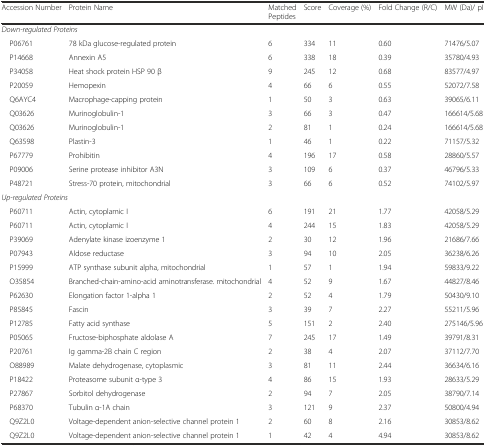
<table><thead><tr><td><b>Accession Number</b></td><td><b>Protein Name</b></td><td><b>Matched Peptides</b></td><td><b>Score</b></td><td><b>Coverage (%)</b></td><td><b>Fold Change (R/C)</b></td><td><b>MW (Da)/ pI</b></td></tr></thead><tbody><tr><td colspan="7"><i>Down-regulated Proteins</i></td></tr><tr><td> P06761</td><td>78 kDa glucose-regulated protein</td><td>6</td><td>334</td><td>11</td><td>0.60</td><td>71476/5.07</td></tr><tr><td> P14668</td><td>Annexin A5</td><td>6</td><td>338</td><td>18</td><td>0.39</td><td>35780/4.93</td></tr><tr><td> P34058</td><td>Heat shock protein HSP 90 β</td><td>9</td><td>245</td><td>12</td><td>0.68</td><td>83577/4.97</td></tr><tr><td> P20059</td><td>Hemopexin</td><td>4</td><td>66</td><td>6</td><td>0.55</td><td>52072/7.58</td></tr><tr><td> Q6AYC4</td><td>Macrophage-capping protein</td><td>1</td><td>50</td><td>3</td><td>0.63</td><td>39065/6.11</td></tr><tr><td> Q03626</td><td>Murinoglobulin-1</td><td>3</td><td>66</td><td>3</td><td>0.47</td><td>166614/5.68</td></tr><tr><td> Q03626</td><td>Murinoglobulin-1</td><td>2</td><td>81</td><td>1</td><td>0.24</td><td>166614/5.68</td></tr><tr><td> Q63598</td><td>Plastin-3</td><td>1</td><td>46</td><td>1</td><td>0.22</td><td>71157/5.32</td></tr><tr><td> P67779</td><td>Prohibitin</td><td>4</td><td>196</td><td>17</td><td>0.58</td><td>28860/5.57</td></tr><tr><td> P09006</td><td>Serine protease inhibitor A3N</td><td>3</td><td>109</td><td>6</td><td>0.37</td><td>46796/5.33</td></tr><tr><td> P48721</td><td>Stress-70 protein, mitochondrial</td><td>3</td><td>66</td><td>6</td><td>0.52</td><td>74102/5.97</td></tr><tr><td colspan="7"><i>Up-regulated Proteins</i></td></tr><tr><td> P60711</td><td>Actin, cytoplamic I</td><td>6</td><td>191</td><td>21</td><td>1.77</td><td>42058/5.29</td></tr><tr><td> P60711</td><td>Actin, cytoplamic I</td><td>4</td><td>244</td><td>15</td><td>1.83</td><td>42058/5.29</td></tr><tr><td> P39069</td><td>Adenylate kinase izoenzyme 1</td><td>2</td><td>30</td><td>12</td><td>1.96</td><td>21686/7.66</td></tr><tr><td> P07943</td><td>Aldose reductase</td><td>3</td><td>94</td><td>10</td><td>2.05</td><td>36238/6.26</td></tr><tr><td> P15999</td><td>ATP synthase subunit alpha, mitochondrial</td><td>1</td><td>57</td><td>1</td><td>1.94</td><td>59833/9.22</td></tr><tr><td> O35854</td><td>Branched-chain-amino-acid aminotransferase. mitochondrial</td><td>4</td><td>52</td><td>9</td><td>1.67</td><td>44827/8.46</td></tr><tr><td> P62630</td><td>Elongation factor 1-alpha 1</td><td>2</td><td>52</td><td>4</td><td>1.79</td><td>50430/9.10</td></tr><tr><td> P85845</td><td>Fascin</td><td>3</td><td>39</td><td>7</td><td>2.27</td><td>55211/5.96</td></tr><tr><td> P12785</td><td>Fatty acid synthase</td><td>5</td><td>151</td><td>2</td><td>2.40</td><td>275146/5.96</td></tr><tr><td> P05065</td><td>Fructose-biphosphate aldolase A</td><td>7</td><td>245</td><td>17</td><td>1.49</td><td>39791/8.31</td></tr><tr><td> P20761</td><td>Ig gamma-2B chain C region</td><td>2</td><td>38</td><td>4</td><td>2.07</td><td>37112/7.70</td></tr><tr><td> O88989</td><td>Malate dehydrogenase, cytoplasmic</td><td>3</td><td>81</td><td>11</td><td>2.44</td><td>36634/6.16</td></tr><tr><td> P18422</td><td>Proteasome subunit α-type 3</td><td>4</td><td>86</td><td>15</td><td>1.93</td><td>28633/5.29</td></tr><tr><td> P27867</td><td>Sorbitol dehydrogenase</td><td>2</td><td>94</td><td>7</td><td>2.05</td><td>38790/7.14</td></tr><tr><td> P68370</td><td>Tubulin α-1A chain</td><td>3</td><td>121</td><td>9</td><td>2.37</td><td>50800/4.94</td></tr><tr><td> Q9Z2L0</td><td>Voltage-dependent anion-selective channel protein 1</td><td>2</td><td>60</td><td>8</td><td>2.16</td><td>30853/8.62</td></tr><tr><td> Q9Z2L0</td><td>Voltage-dependent anion-selective channel protein 1</td><td>1</td><td>42</td><td>4</td><td>4.94</td><td>30853/8.62</td></tr></tbody></table>